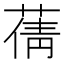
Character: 蒨